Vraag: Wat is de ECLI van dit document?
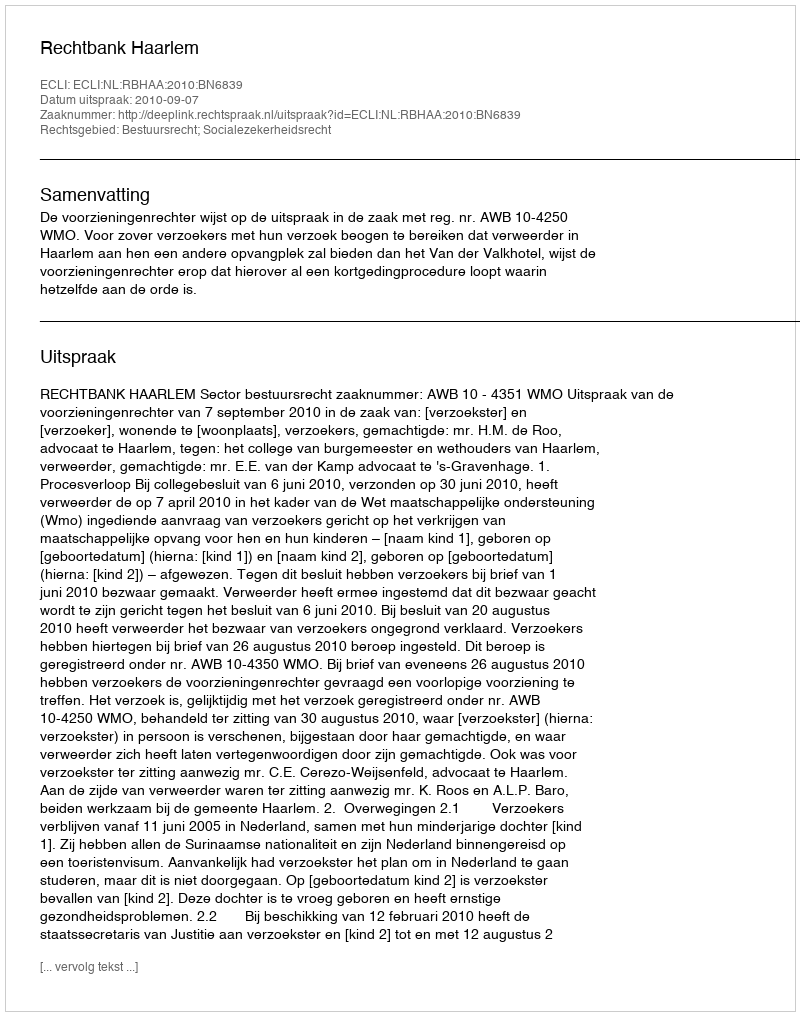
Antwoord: ECLI:NL:RBHAA:2010:BN6839